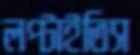
লপ্‌টাইতিস